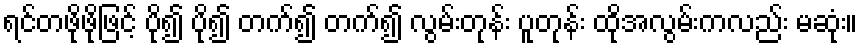
ရင်တဖိုဖိုဖြင့် ပို၍ ပို၍ တက်၍ တက်၍ လွမ်းတုန်း ပူတုန်း ထိုအလွမ်းကလည်း မဆုံး။